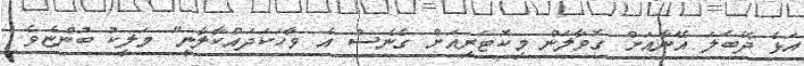
އަޅެ ދޭބަލަ އޭނާއަށް ގޮވާލަން މިކޮޓަރިއަށް ގެނެސް އެ ވާހަކަދައްކާލާނީ" މަލީކު ބުންޏެވެ.